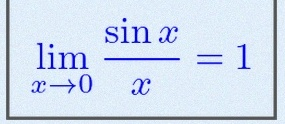
\lim_{x\to0}\frac{\sin x}{x}=1